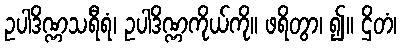
ဥပါဒိဏ္ဏသရီရံ၊ ဥပါဒိဏ္ဏကိုယ်ကို။ ဖရိတွာ၊ ၍။ ဌိတံ၊